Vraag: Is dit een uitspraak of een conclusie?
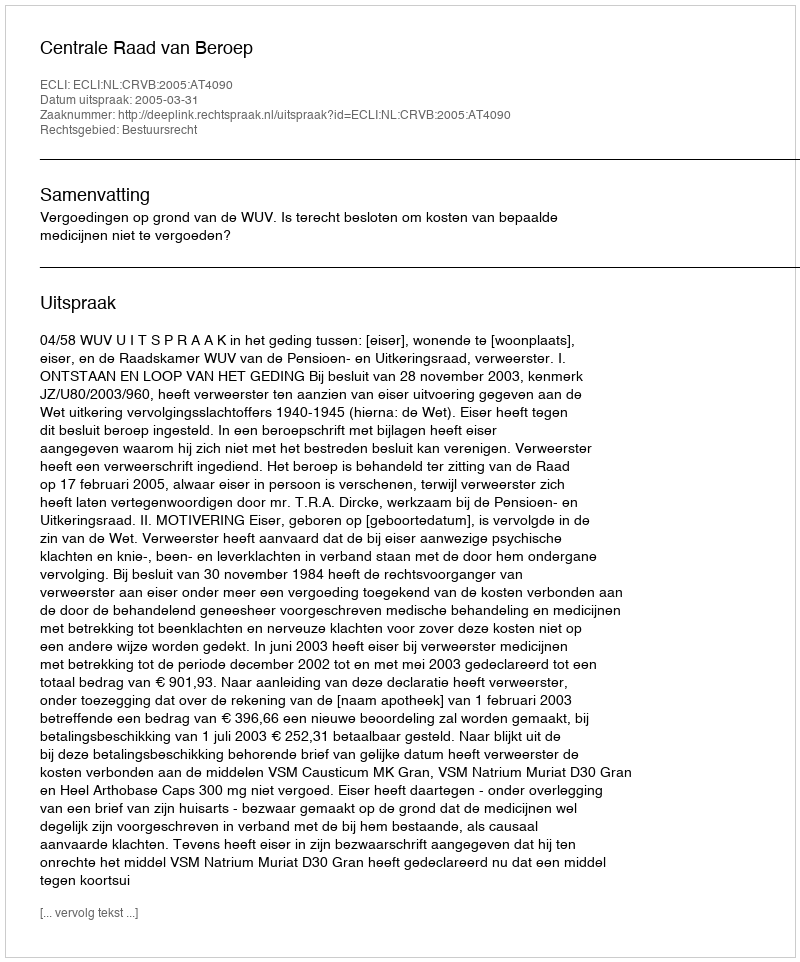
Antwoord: Uitspraak